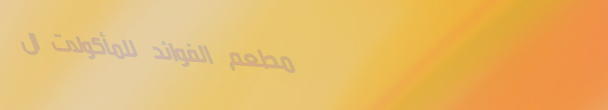
مطعم الفوائد للمأكولات ال